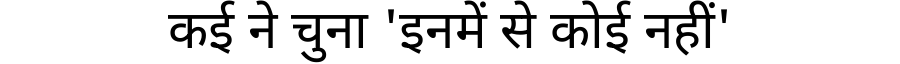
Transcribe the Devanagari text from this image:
कई ने चुना 'इनमें से कोई नहीं'